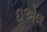
ઇએલ